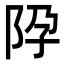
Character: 𨸳